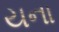
યના